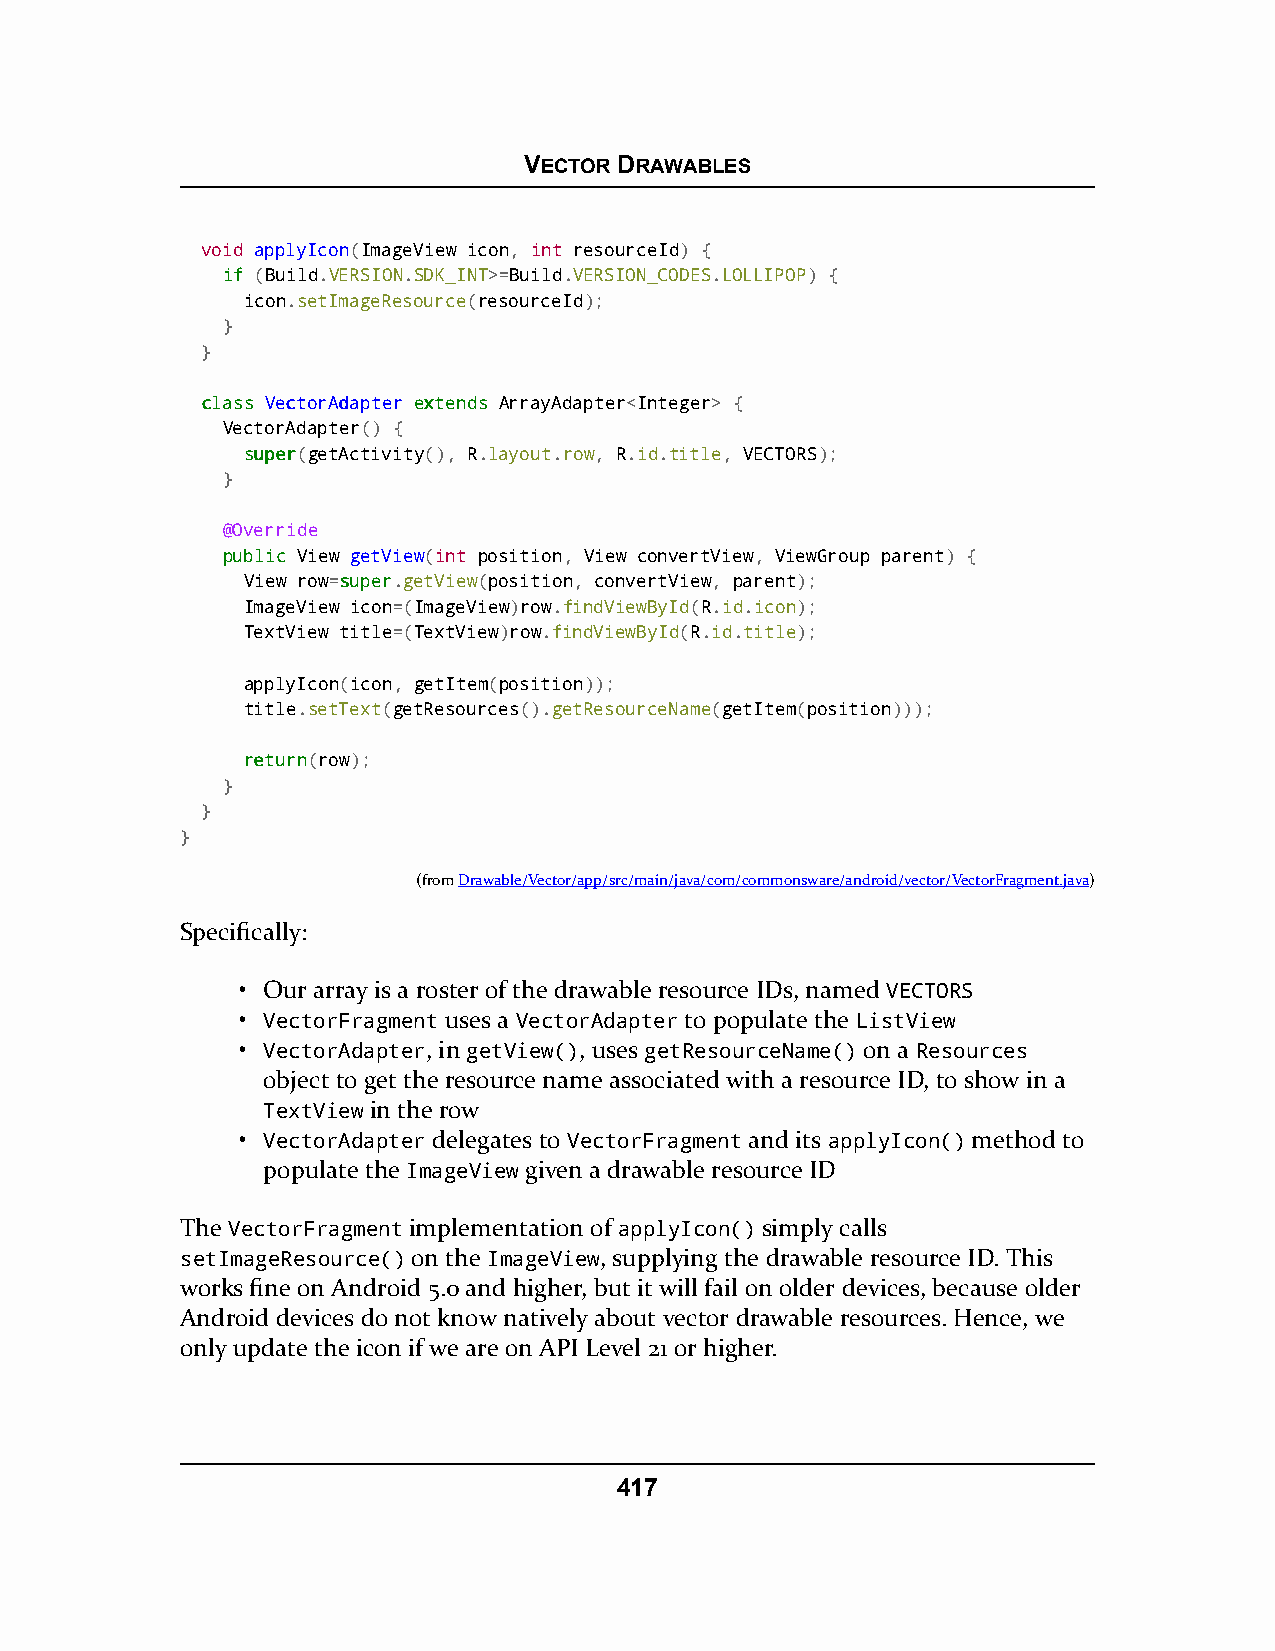
VECTOR DRAWABLES
 void applyIcon(ImageView icon, int resourceId) {
 iiff (Build.VERSION.SDK_INT>=Build.VERSION_CODES.LOLLIPOP) {
 icon.setImageResource(resourceId);
 }
 }
 ccllaassss VVeeccttoorrAAddaapptteerr eexxtteennddss ArrayAdapter<Integer> {
 VectorAdapter() {
 ssuuppeerr(getActivity(), R.layout.row, R.id.title, VECTORS);
 }
 @Override
 ppuubblliicc View getView(int position, View convertView, ViewGroup parent) {
 View row=ssuuppeerr.getView(position, convertView, parent);
 ImageView icon=(ImageView)row.findViewById(R.id.icon);
 TextView title=(TextView)row.findViewById(R.id.title);
 applyIcon(icon, getItem(position));
 title.setText(getResources().getResourceName(getItem(position)));
 rreettuurrnn(row);
 }
 }
 }
 (fromDrawable/Vector/app/src/main/java/com/commonsware/android/vector/VectorFragment.java)
 Specifically:
 • Our array is a roster of the drawable resource IDs, named VECTORS
 • VectorFragment uses a VectorAdapter to populate the ListView
 • VectorAdapter, in getView(), uses getResourceName() on a Resources
 object to get the resource name associated with a resource ID, to show in a
 TextView in the row
 • VectorAdapter delegates to VectorFragment and its applyIcon() method to
 populate the ImageView given a drawable resource ID
 The VectorFragment implementation of applyIcon() simply calls
 setImageResource() on the ImageView, supplying the drawable resource ID. This
 works fine on Android 5.0 and higher, but it will fail on older devices, because older
 Android devices do not know natively about vector drawable resources. Hence, we
 only update the icon if we are on API Level 21 or higher.
 417